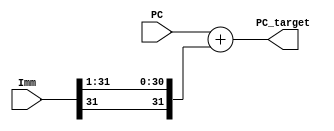
module Branch_Adder(
    input [31:0] PC,
    input signed [31:0] Imm,

    output [31:0] PC_target
);

    wire [31:0] PC_shifted;
    assign PC_shifted = Imm >>> 1;
    assign PC_target = PC + PC_shifted;

endmodule